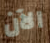
الآن